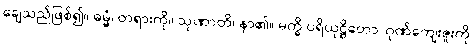
ချေသည်ဖြစ်၍။ ဓမ္မံ၊ တရားကို။ သုဏာတိ၊ နာ၏။ မက္ခိ ပရိယုဋ္ဌိတော၊ ဂုဏ်ကျေးဇူးကို